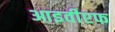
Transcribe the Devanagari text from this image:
आइवीएफ